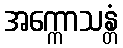
အက္ကောသန္တံ